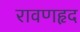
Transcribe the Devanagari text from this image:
रावणहृद